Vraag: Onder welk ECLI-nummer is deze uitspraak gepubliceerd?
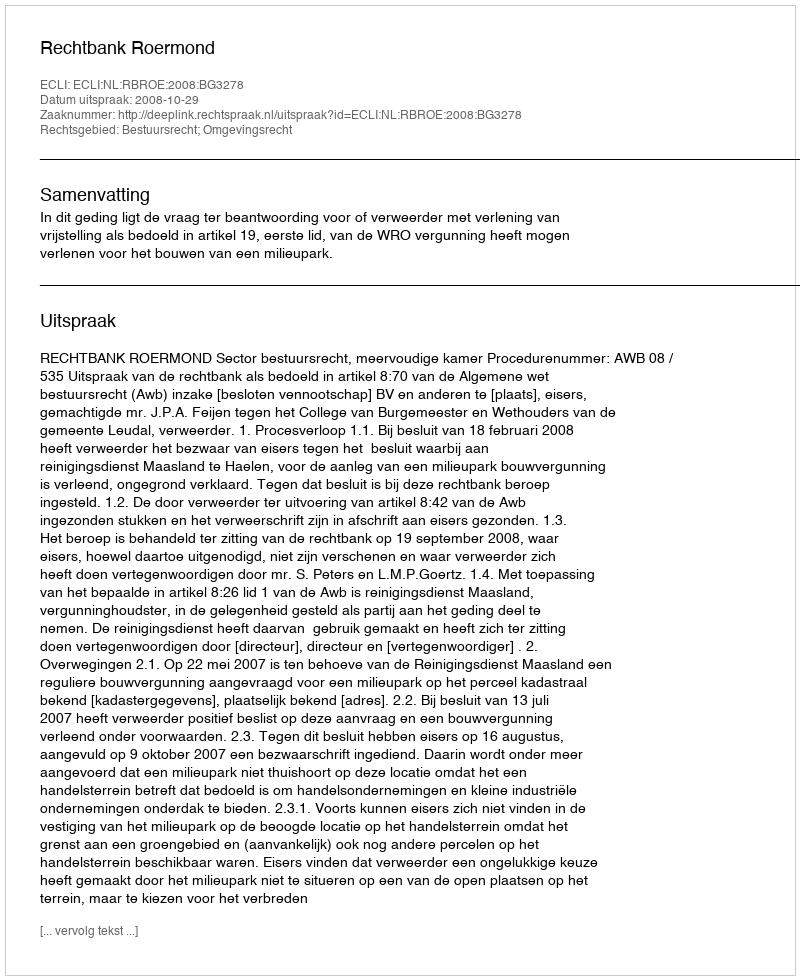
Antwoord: ECLI:NL:RBROE:2008:BG3278